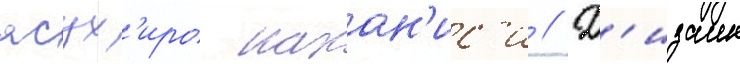
ясух'иро накан'ис'и // Д'изаин